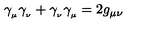
\gamma _ { _ \mu } \gamma _ { _ \nu } + \gamma _ { _ \nu } \gamma _ { _ \mu } = 2 g _ { \mu \nu }